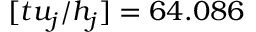
[ t u _ { j } / h _ { j } ] = 6 4 . 0 8 6